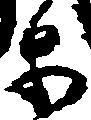
等